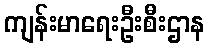
ကျန်းမာရေးဦးစီးဌာန